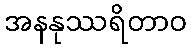
အနနုဿရိတာဝ